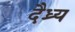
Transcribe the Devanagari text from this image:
दैध्र्य